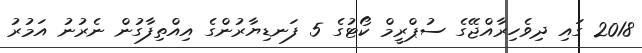
2018 ގައި ދިވެހިރާއްޖޭގެ ސުޕްރީމް ކޯޓުގެ 5 ފަނޑިޔާރުންގެ އިއްތިފާގުން ނެރުނު އަމުރު